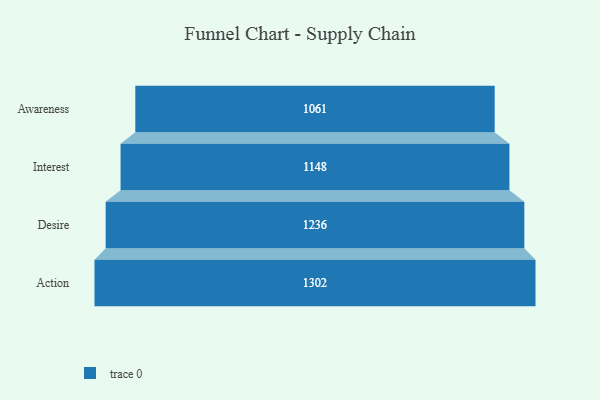
{"axis": {"x": "Stage", "y": "Value"}, "legend": [""], "data": [{"x": "Awareness", "y": 1061.0, "type": ""}, {"x": "Interest", "y": 1148.0, "type": ""}, {"x": "Desire", "y": 1236.0, "type": ""}, {"x": "Action", "y": 1302.0, "type": ""}]}